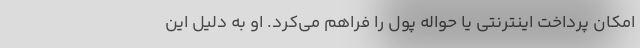
امکان پرداخت اینترنتی یا حواله پول را فراهم می‌کرد. او به دلیل این